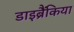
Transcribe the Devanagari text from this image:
डाइब्रैंकिया